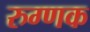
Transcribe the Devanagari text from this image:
रुग्णक